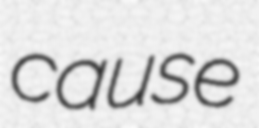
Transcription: cause